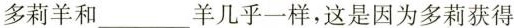
多莉羊和___羊几乎一样，这是因为多莉获得